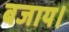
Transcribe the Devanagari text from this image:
बजाय।